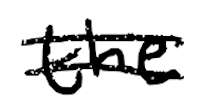
Text: the
Cross-out: mix
Writing tool: digital_black